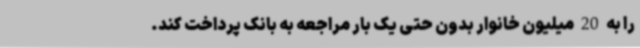
را به 20 میلیون خانوار بدون حتی یک بار مراجعه به بانک پرداخت کند.